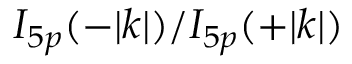
I _ { 5 p } ( - | k | ) / I _ { 5 p } ( + | k | )